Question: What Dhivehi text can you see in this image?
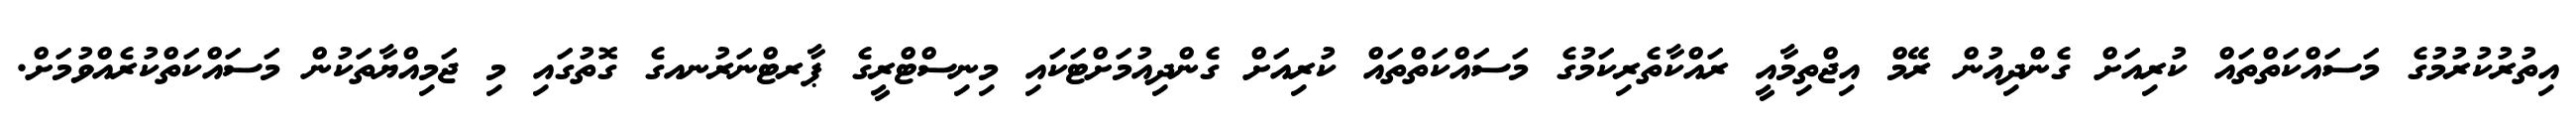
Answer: އިތުރުކުރުމުގެ މަސައްކަތްތައް ކުރިއަށް ގެންދިއުން ރޭމް އިޖްތިމާއީ ރައްކާތެރިކަމުގެ މަސައްކަތްތައް ކުރިއަށް ގެންދިއުމަށްޓަކައި މިނިސްޓްރީގެ ޕާރޓްނަރުނއގެ ގޮތުގައި މި ޖަމިއްޔާތަކުން މަސައްކަތްކުރެއްވުމަށް.